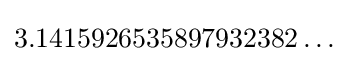
3.1415926535897932382\dots